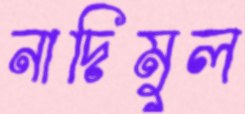
নাদিমুল